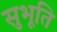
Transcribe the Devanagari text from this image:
सुभूति